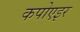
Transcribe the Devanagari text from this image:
कपोएइर